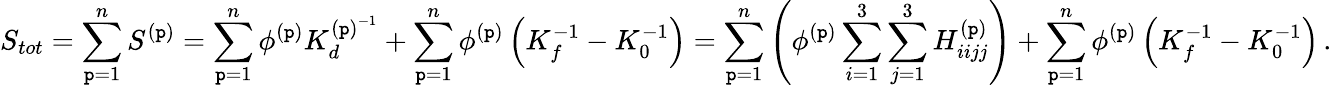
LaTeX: S_{tot}=\sum_{\mathtt{p}=1}^{n}S^{(\mathtt{p})}=\sum_{\mathtt{p}=1}^{n}\phi^{(\mathtt{p})}K_{d}^{{(\mathtt{p})}^{-1}}+\sum_{\mathtt{p}=1}^{n}\phi^{(\mathtt{p})}\left(K_{f}^{-1}-K_{0}^{-1}\right)=\sum_{\mathtt{p}=1}^{n}\left(\phi^{(\mathtt{p})}\sum_{i=1}^{3}\sum_{j=1}^{3}H_{iijj}^{{(\mathtt{p})}}\right)+\sum_{\mathtt{p}=1}^{n}\phi^{(\mathtt{p})}\left(K_{f}^{-1}-K_{0}^{-1}\right)\, .